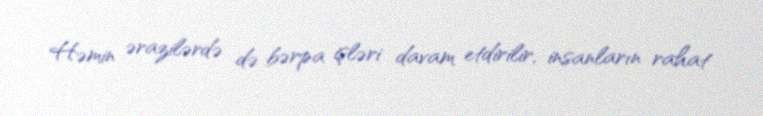
Həmin ərazilərdə də bərpa işləri davam etdirilir, insanların rahat